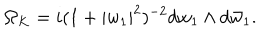
LaTeX: \Omega _ { K } = i ( 1 + | w _ { 1 } | ^ { 2 } ) ^ { - 2 } d w _ { 1 } \wedge d \bar { w } _ { 1 } .